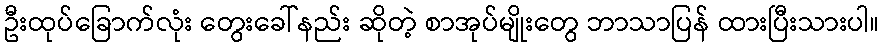
ဦးထုပ်ခြောက်လုံး တွေးခေါ်နည်း ဆိုတဲ့ စာအုပ်မျိုးတွေ ဘာသာပြန် ထားပြီးသားပါ။